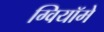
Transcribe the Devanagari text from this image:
ग्वियॉमे